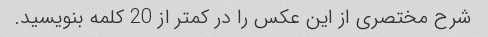
شرح مختصری از این عکس را در کمتر از 20 کلمه بنویسید.